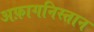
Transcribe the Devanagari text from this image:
अफ़ागनिस्तान